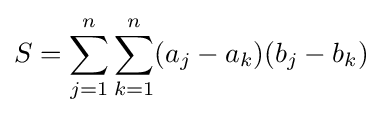
S=\sum _{j=1}^{n}\sum _{k=1}^{n}(a_{j}-a_{k})(b_{j}-b_{k})